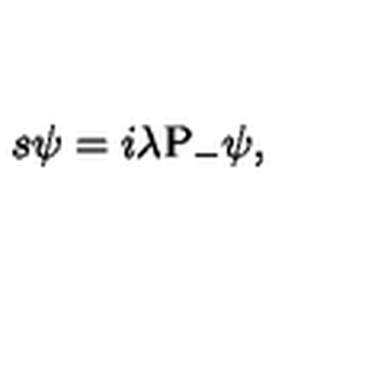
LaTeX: s \psi = i \lambda \mathrm { P } _ { - } \psi ,